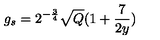
g _ { s } = 2 ^ { - \frac { 3 } { 4 } } \sqrt { Q } ( 1 + \frac { 7 } { 2 y } )